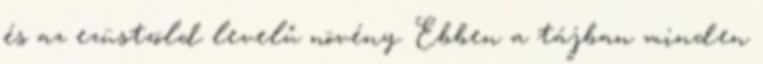
és az ezüstzöld levelű növény. Ebben a tájban minden